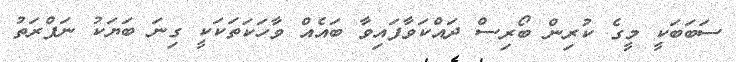
ސަބަބަކީ މީގެ ކުރިން ބޯރިސް ދައްކަވާފައިވާ ބައެއް ވާހަކަތަކަކީ ގިނަ ބަޔަކު ނަފްރަތު